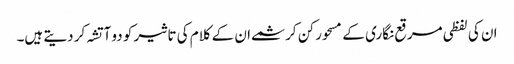
ان کی لفظی مرقع نگاری کے مسحور کن کرشمے ان کے کلام کی تاثیر کو دو آتشہ کر دیتے ہیں۔